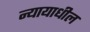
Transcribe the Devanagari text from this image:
न्यायाधील